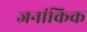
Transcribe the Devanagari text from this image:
जनांकिक